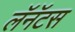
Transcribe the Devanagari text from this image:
लॅनॅटस